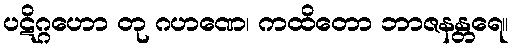
ပဋိဂ္ဂဟော တု ဂဟဏေ၊ ကထိတော ဘာဇနန္တရေ။